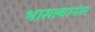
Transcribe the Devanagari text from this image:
भासल्यानंतर